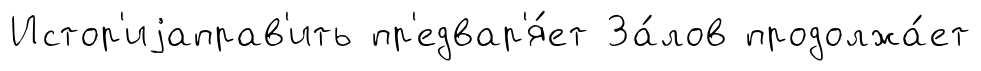
Истор'иjаправ'ить пр'едвар'я́ет За́лов продолжа́ет